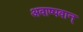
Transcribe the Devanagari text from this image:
अवाष्पवान्‌